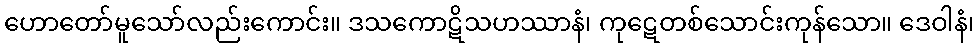
ဟောတော်မူသော်လည်းကောင်း။ ဒသကောဋိသဟဿာနံ၊ ကုဋေတစ်သောင်းကုန်သော။ ဒေဝါနံ၊